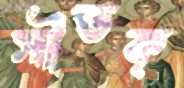
সীভক্